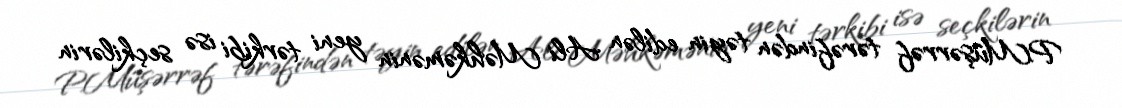
P.Müşərrəf tərəfindən təyin edilən Ali Məhkəmənin yeni tərkibi isə seçkilərin